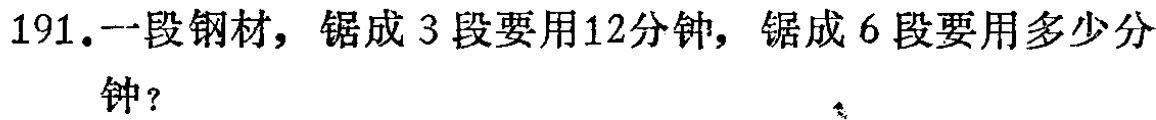
191.一段钢材，锯成3段要用12分钟，锯成6段要用多少分钟？